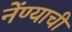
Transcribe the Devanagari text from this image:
नेंण्याची